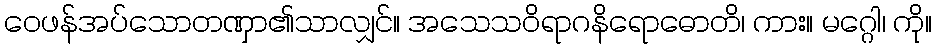
ဝေဖန်အပ်သောတဏှာ၏သာလျှင်။ အသေသဝိရာဂနိရောဓောတိ၊ ကား။ မဂ္ဂေါ၊ ကို။